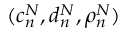
( c _ { n } ^ { N } , d _ { n } ^ { N } , \rho _ { n } ^ { N } )